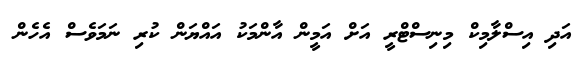
އަދި އިސްލާމިކް މިނިސްޓްރީ އަށް އަމީން އާންމަކު އައްޔަން ކުރި ނަމަވެސް އެހެން